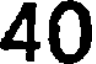
40